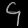
Digit: ၄